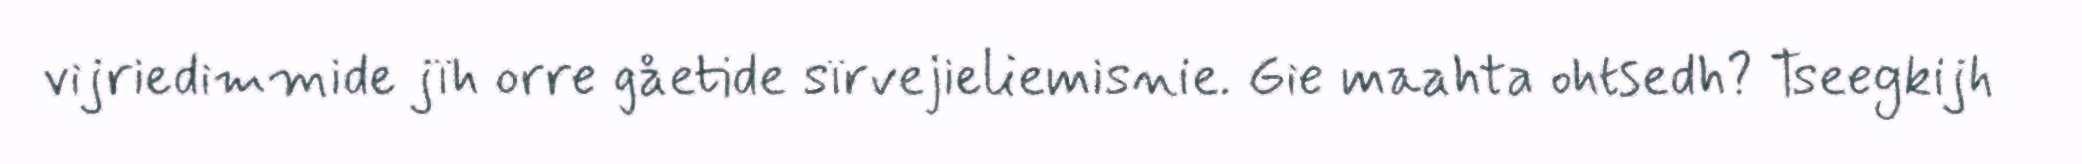
vijriedimmide jïh orre gåetide sïrvejieliemisnie. Gie maahta ohtsedh? Tseegkijh